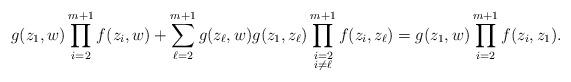
LaTeX: \begin{align*}g(z_{1}, w)\prod_{i=2}^{m+1}f(z_{i}, w)+\sum_{\ell=2}^{m+1}g(z_{\ell}, w)g(z_{1}, z_{\ell})\prod_{\begin{subarray}{c} i=2 \\ i\not=\ell \end{subarray}}^{m+1}f(z_{i}, z_{\ell})=g(z_{1}, w)\prod_{i=2}^{m+1}f(z_{i}, z_{1}). \end{align*}